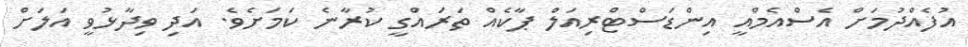
އުފެއްދުމަށް އެސްއެމްއީ އިންޑަސްޓްރިއަލް ޕާކެއް ތަރައްގީ ކުރާނެ ކަމަށެވެ. އަދި ވިދާޅުވީ އަލަށް